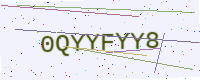
Text: 0QYYFYY8